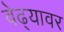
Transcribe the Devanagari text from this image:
वेढ्यावर